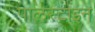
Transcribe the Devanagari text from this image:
पालस्टाइन